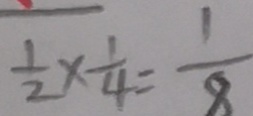
\frac { 1 } { 2 } \times \frac { 1 } { 4 } = \frac { 1 } { 8 }